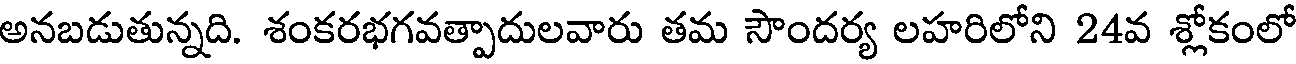
అనబడుతున్నది. శంకరభగవత్పాదులవారు తమ సౌందర్య లహరిలోని 24వ శ్లోకంలో